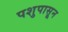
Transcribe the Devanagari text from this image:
पशुपासून